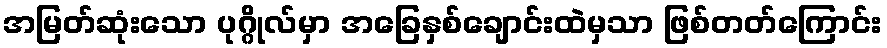
အမြတ်ဆုံးသော ပုဂ္ဂိုလ်မှာ အခြေနှစ်ချောင်းထဲမှသာ ဖြစ်တတ်ကြောင်း